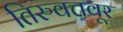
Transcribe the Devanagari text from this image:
तिरुवत्तवूर